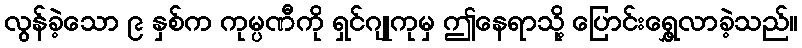
လွန်ခဲ့သော ၉ နှစ်က ကုမ္ပဏီကို ရှင်ဂျုကုမှ ဤနေရာသို့ ပြောင်းရွှေ့လာခဲ့သည်။